Report on the working of the Ranchi Indian Mental Hospital, Kanke, in Bihar and Orissa - 1930-1940
Year: 1930
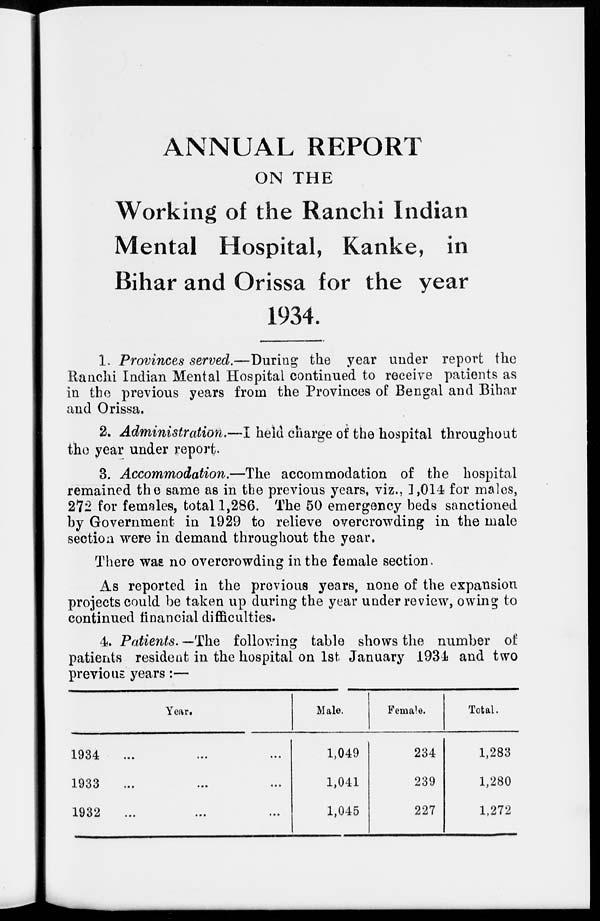
ANNUAL REPORT
ON THE
Working of the Ranchi Indian
Mental Hospital, Kanke, in
Bihar and Orissa for the year
1934.
1. Provinces served.—During the year under report the
Ranchi Indian Mental Hospital continued to receive patients as
in the previous years from the Provinces of Bengal and Bihar
and Orissa.
2. Administration.—I held charge of the hospital throughout
the year under report.
3. Accommodation.—The accommodation of the hospital
remained the same as in the previous years, viz., 1,014 for males,
272 for females, total 1,286. The 50 emergency beds sanctioned
by Government in 1929 to relieve overcrowding in the male
section were in demand throughout the year.
There was no overcrowding in the female section.
As reported in the previous years, none of the expansion
projects could be taken up during the year under review, owing to
continued financial difficulties.
4. Patients. —The following table shows the number of
patients resident in the hospital on 1st January 1934 and two
previous years:—
Year.
1934 ... ... ...
1933 ... ... ...
1932 ... ... ...
Male.
1,049
1,041
1,045
Female.
234
239
227
Total.
1,283
1,280
1,272